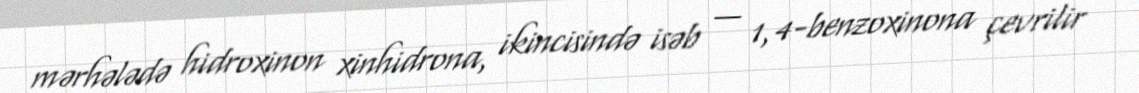
mərhələdə hidroxinon xinhidrona, ikincisində isəb — 1,4-benzoxinona çevrilir